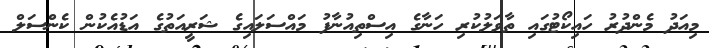
މިއަދު މެންދުރު ހައިކޯޓުގައި ތާވަލުކުރި ހަނާގެ އިސްތިއުނާފު މައްސަލައިގެ ޝަރީއަތުގެ އަޑުއެކުން ކެންސަލް